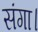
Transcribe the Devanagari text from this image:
संगा।